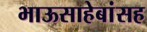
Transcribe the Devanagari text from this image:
भाऊसाहेबांसह